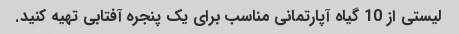
لیستی از 10 گیاه آپارتمانی مناسب برای یک پنجره آفتابی تهیه کنید.